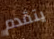
يتقدم